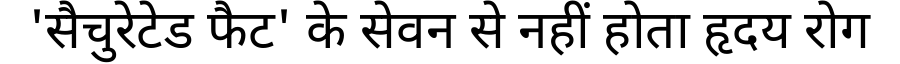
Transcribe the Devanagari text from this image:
'सैचुरेटेड फैट' के सेवन से नहीं होता हृदय रोग